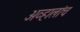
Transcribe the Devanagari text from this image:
अव्हालांच